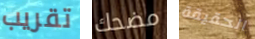
تقريب مضحك الحقيقة